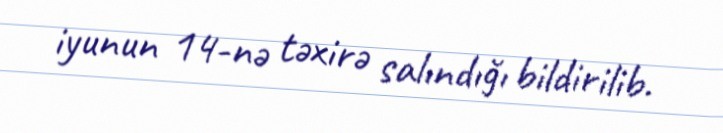
iyunun 14-nə təxirə salındığı bildirilib.